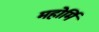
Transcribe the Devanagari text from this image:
महोर्मि